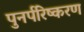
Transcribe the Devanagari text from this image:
पुनर्परिष्करण